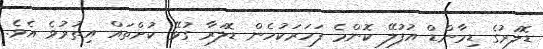
ޑޮލަރުގެ ޑިމާންޑް އުފުލޭ ކޮންމެ ފަހަރަކުހެން ޑޮލަރާ ގުޅޭ ކުށްތައް އިތުރުވެ އެވެ.